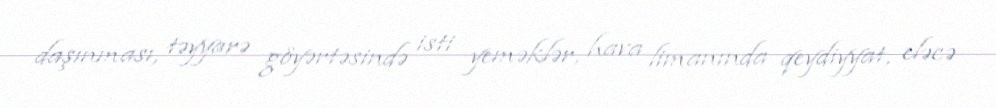
daşınması, təyyarə göyərtəsində isti yeməklər, hava limanında qeydiyyat, eləcə